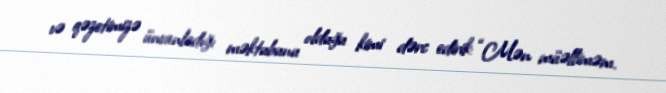
və qəzetimizə ünvanladığı məktubunu olduğu kimi dərc edirik: “Mən müəlliməm.